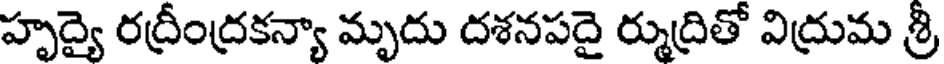
హృద్యై రద్రీంద్రకన్యా మృదు దశనపదై ర్ముద్రితో విద్రుమ శ్రీ